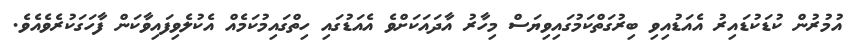
އުމުރުން ކުޑަކުޑައިރު އެއަޑުއިވި ބިރުގަތްކަމުގައިވިޔަސް މިހާރު އާދައަކަށްވެ އެއަޑުގައި ހިތްގައިމުކަމެއް އެކުލެވިފައިވާކަން ފާހަގަކުރެވެއެވެ.